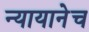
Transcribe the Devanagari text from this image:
न्यायानेच